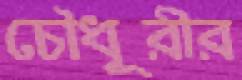
চৌধূরীর